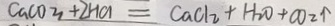
C a C O _ { 3 } + 2 H C l = C a C l _ { 2 } + H _ { 2 } O + C O _ { 2 } \uparrow